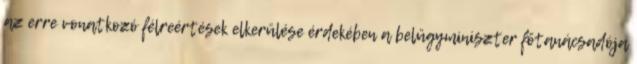
az erre vonatkozó félreértések elkerülése érdekében a belügyminiszter főtanácsadója